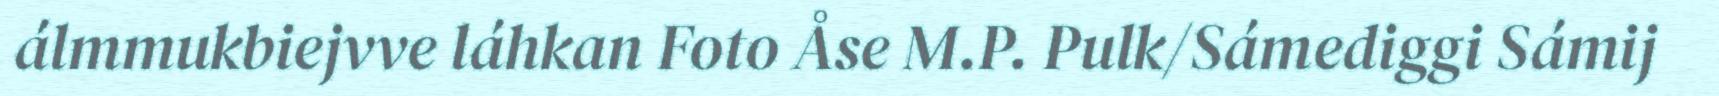
álmmukbiejvve láhkan Foto Åse M.P. Pulk/Sámediggi Sámij